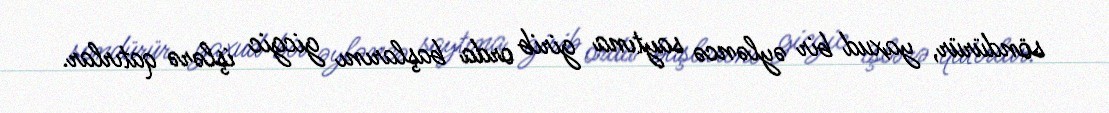
söndürür, yaxud bir əyləncə saytına girib orda başlarını gicgic işlərə qatırlar.